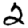
Digit: 2